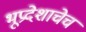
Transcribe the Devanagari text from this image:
भूप्रदेशाचेच